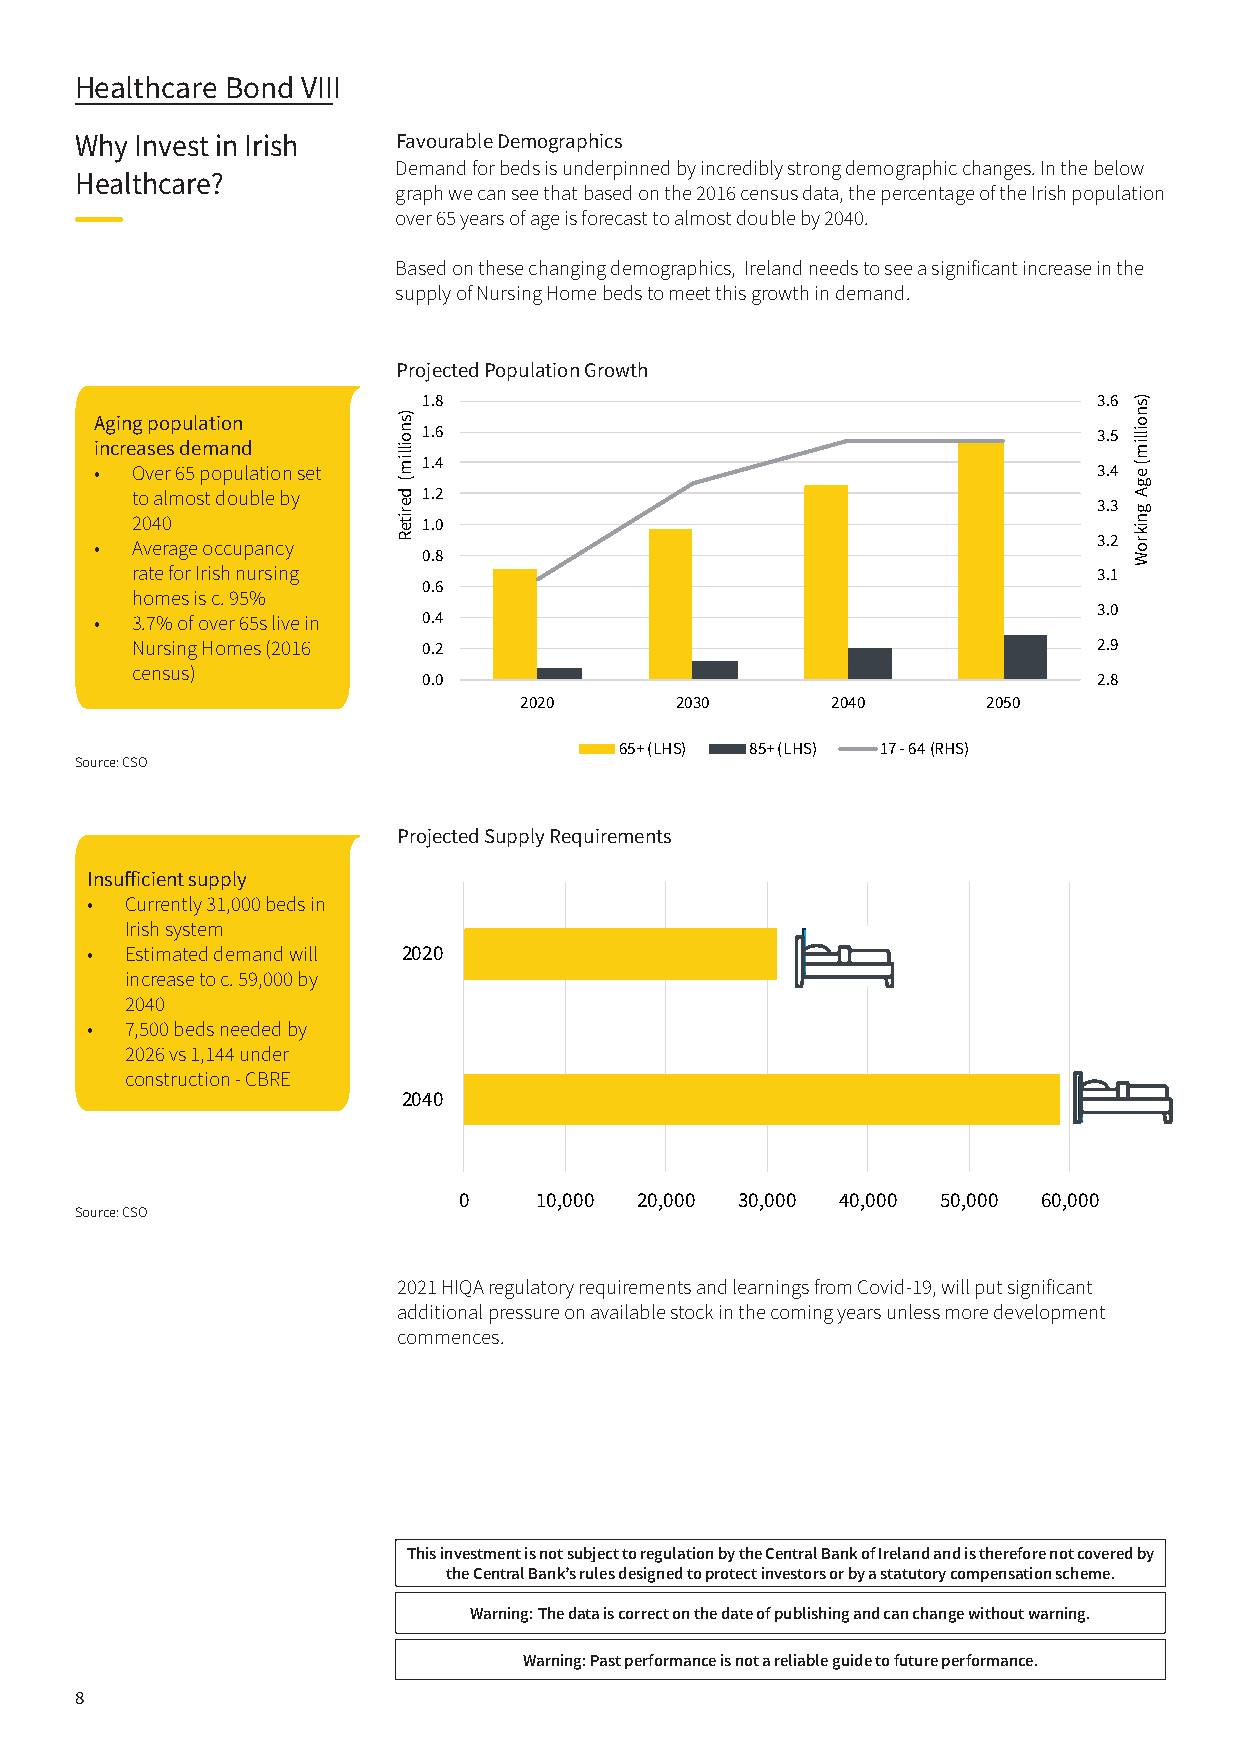
Healthcare Bond VIII
 Why Invest in Irish  Favourable Demographics
 Demand for beds is underpinned by incredibly strong demographic changes. In the below
 Healthcare?
 graph we can see that based on the 2016 census data, the percentage of the Irish population
 over 65 years of age is forecast to almost double by 2040.
 Based on these changing demographics, Ireland needs to see a significant increase in the
 supply of Nursing Home beds to meet this growth in demand.
 Projected Population Growth
 1.8                                          3.6
 Aging population
 1.6                                          3.5
 increases demand
 1.4
 •  Over 65 population set                                          3.4
 to almost double by 1.2
 3.3
 2040               1.0
 3.2
 •  Average occupancy
 0.8
 rate for Irish nursing                                          3.1
 0.6
 homes is c. 95%
 3.0
 •  3.7% of over 65s live in 0.4
 Nursing Homes (2016 0.2                                         2.9
 census)
 0.0                                          2.8
 2020       2030      2040      2050
 65+ (LHS) 85+ (LHS) 17 - 64 (RHS)
 Source: CSO
 Projected Supply Requirements
 Insufficient supply
 • Currently 31,000 beds in
 Irish system
 • Estimated demand will 2020
 increase to c. 59,000 by
 2040
 • 7,500 beds needed by
 2026 vs 1,144 under
 construction - CBRE
 2040
 0    10,000 20,000 30,000 40,000 50,000 60,000
 Source: CSO
 2021 HIQA regulatory requirements and learnings from Covid-19, will put significant
 additional pressure on available stock in the coming years unless more development
 commences.
 This investment is not subject to regulation by the Central Bank of Ireland and is therefore not covered by
 the Central Bank’s rules designed to protect investors or by a statutory compensation scheme.
 Warning: The data is correct on the date of publishing and can change without warning.
 Warning: Past performance is not a reliable guide to future performance.
 8
 )snoillim(
 deriteR
 )snoillim(
 egA
 gnikroW